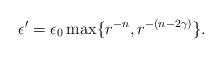
LaTeX: \begin{align*} \epsilon'= \epsilon_0 \max\{r^{-n}, r^{-(n-2\gamma)}\}.\end{align*}